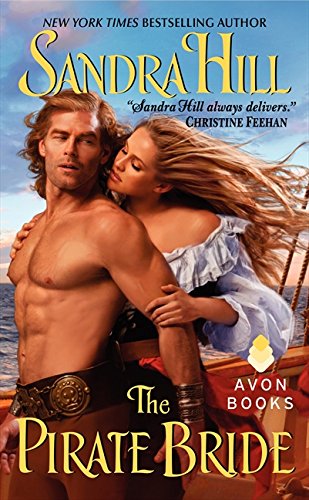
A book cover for The Pirate Bride (Viking I); Sandra Hill; Romance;